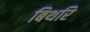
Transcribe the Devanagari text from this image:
बिथरि